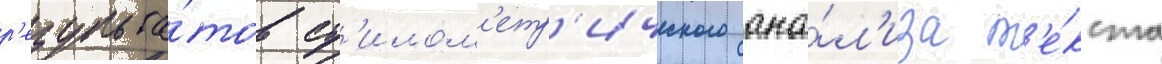
р'езульта́тов ст'илом'етр'ического ана́л'иза т'е́кста